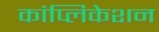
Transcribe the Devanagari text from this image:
कांप्लिकेशन